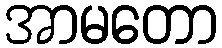
အာမတော